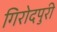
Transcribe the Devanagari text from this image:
गिरोदपुरी